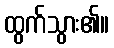
ထွက်သွား၏။